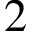
2